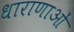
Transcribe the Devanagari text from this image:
धाराणाआें